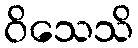
ဝိသေသိ